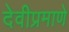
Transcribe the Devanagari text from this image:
देवीप्रमाणे